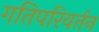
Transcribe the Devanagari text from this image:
गतिपरिवर्तन